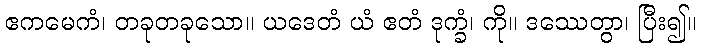
ဧကမေကံ၊ တခုတခုသော။ ယဒေတံ ယံ ဧတံ ဒုက္ခံ၊ ကို။ ဒဿေတွာ၊ ပြီး၍။